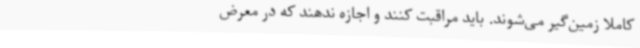
کاملا زمین‌گیر می‌شوند. باید مراقبت کنند و اجازه ندهند که در معرض